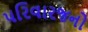
પરિવારજનો